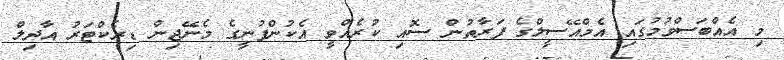
މި އެއްބަސްވުމުގައި އެމްއޭސީލްގެ ފަރާތުން ސޮއި ކުރެއްވީ އެކުންފުނީގެ މެނޭޖިން ޑިރެކްޓަރު އާދިލް